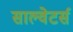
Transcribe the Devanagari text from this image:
साल्वेटर्स